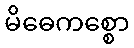
မိဓေကစ္စော